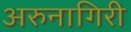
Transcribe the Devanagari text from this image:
अरुनागिरी